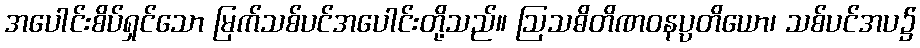
အပေါင်းစိပ်ရှင်သော မြက်သစ်ပင်အပေါင်းတို့သည်။ ဩသဓိတိဏဝနပ္ပတိယော၊ သစ်ပင်အပ၌